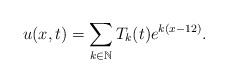
\begin{align*} u(x,t)=\sum\limits_{k\in \mathbb{N}}T_{k}(t)e^{k(x-12)}.\end{align*}